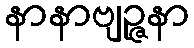
နာနာဗျဉ္ဇနာ